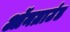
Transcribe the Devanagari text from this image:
ऑनग्राउंड